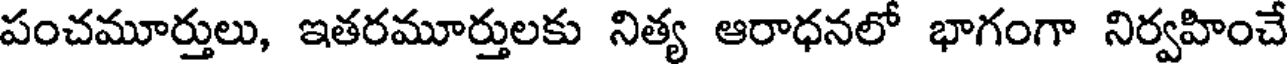
పంచమూర్తులు, ఇతరమూర్తులకు నిత్య ఆరాధనలో భాగంగా నిర్వహించే